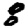
Digit: 8